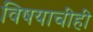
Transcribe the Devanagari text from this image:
विषयाचीही